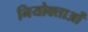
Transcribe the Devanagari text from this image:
नियोक्‍ताओं